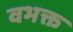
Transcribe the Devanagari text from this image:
वभक्त